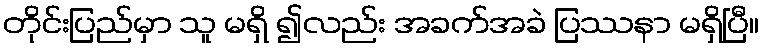
တိုင်းပြည်မှာ သူ မရှိ ၍လည်း အခက်အခဲ ပြဿနာ မရှိပြီ။